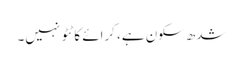
شدھ سکون ہے، کرائے کا ٹٹو نہیں۔